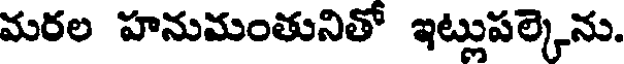
మరల హనుమంతునితో ఇట్లుపల్కెను.